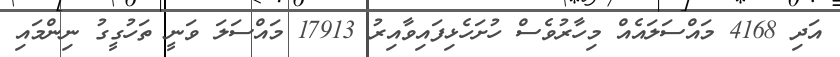
އަދި 4168 މައްސަލައެއް މިހާރުވެސް ހުށަހެޅިފައިވާއިރު 17913 މައްސަލަ ވަނީ ތަހުގީގު ނިންމައި